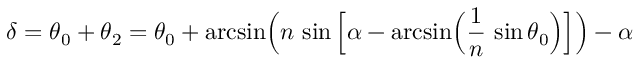
\delta = \theta _ { 0 } + \theta _ { 2 } = \theta _ { 0 } + { \mathrm { a r c s i n } } { \Big ( } n \, \sin { \Big [ } \alpha - { \mathrm { a r c s i n } } { \Big ( } { \frac { 1 } { n } } \, \sin \theta _ { 0 } { \Big ) } { \Big ] } { \Big ) } - \alpha